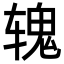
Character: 𬨐